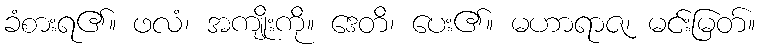
ခံစားရ၏။ ဖလံ၊ အကျိုးကို။ ဒေတိ၊ ပေး၏။ မဟာရာဇ၊ မင်းမြတ်။